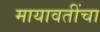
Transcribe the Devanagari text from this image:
मायावतींचा